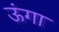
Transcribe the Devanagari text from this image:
ऊंगा